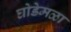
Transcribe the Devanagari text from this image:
घोडेमळा